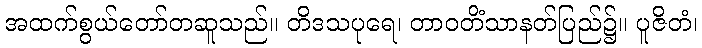
အထက်စွယ်တော်တဆူသည်။ တိဒသပုရေ၊ တာဝတိံသာနတ်ပြည်၌။ ပူဇိတံ၊